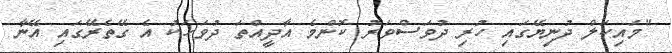
"މައިކަލް ދުނިޔޭގައި ހުރި ދުވަސްވަރު ކޮންމެ އާދީއްތަ ދުވަހަކު އެ ގޭތެރޭގައި އޭނާ